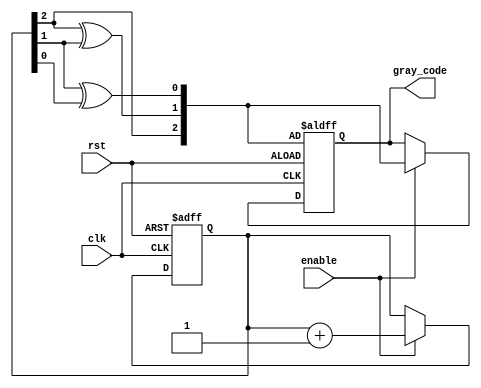
module gray_code_counter (
    input wire clk,      // Clock input
    input wire rst,      // Asynchronous reset
    input wire enable,   // Enable signal for counting
    output reg [2:0] gray_code // 3-bit Gray code output
);

    // Internal binary counter register
    reg [2:0] binary_count;

    // Gray code conversion
    function [2:0] binary_to_gray;
        input [2:0] binary;
        begin
            binary_to_gray[2] = binary[2];               // MSB remains the same
            binary_to_gray[1] = binary[2] ^ binary[1]; // XOR between B(n-1) and B(n-2)
            binary_to_gray[0] = binary[1] ^ binary[0]; // XOR between B(n-2) and B(n-3)
        end
    endfunction

    // Always block for state transitions
    always @(posedge clk or posedge rst) begin
        if (rst) begin
            binary_count <= 3'b000; // Reset binary counter to 0
            gray_code <= binary_to_gray(binary_count); // Initialize Gray code
        end else if (enable) begin
            binary_count <= binary_count + 1; // Increment binary counter
            gray_code <= binary_to_gray(binary_count); // Update Gray code
        end
    end

endmodule